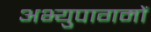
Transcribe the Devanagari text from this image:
अभ्युपागमों